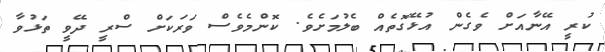
ކުރީ އޭނާއަށް ވެގެން އުޅޭގޮތެއް ބެލުމަށެވެ. ކޮންމެވެސް ވަރަކަށް ސްރީ ދޭވީ ތަޅުވާ